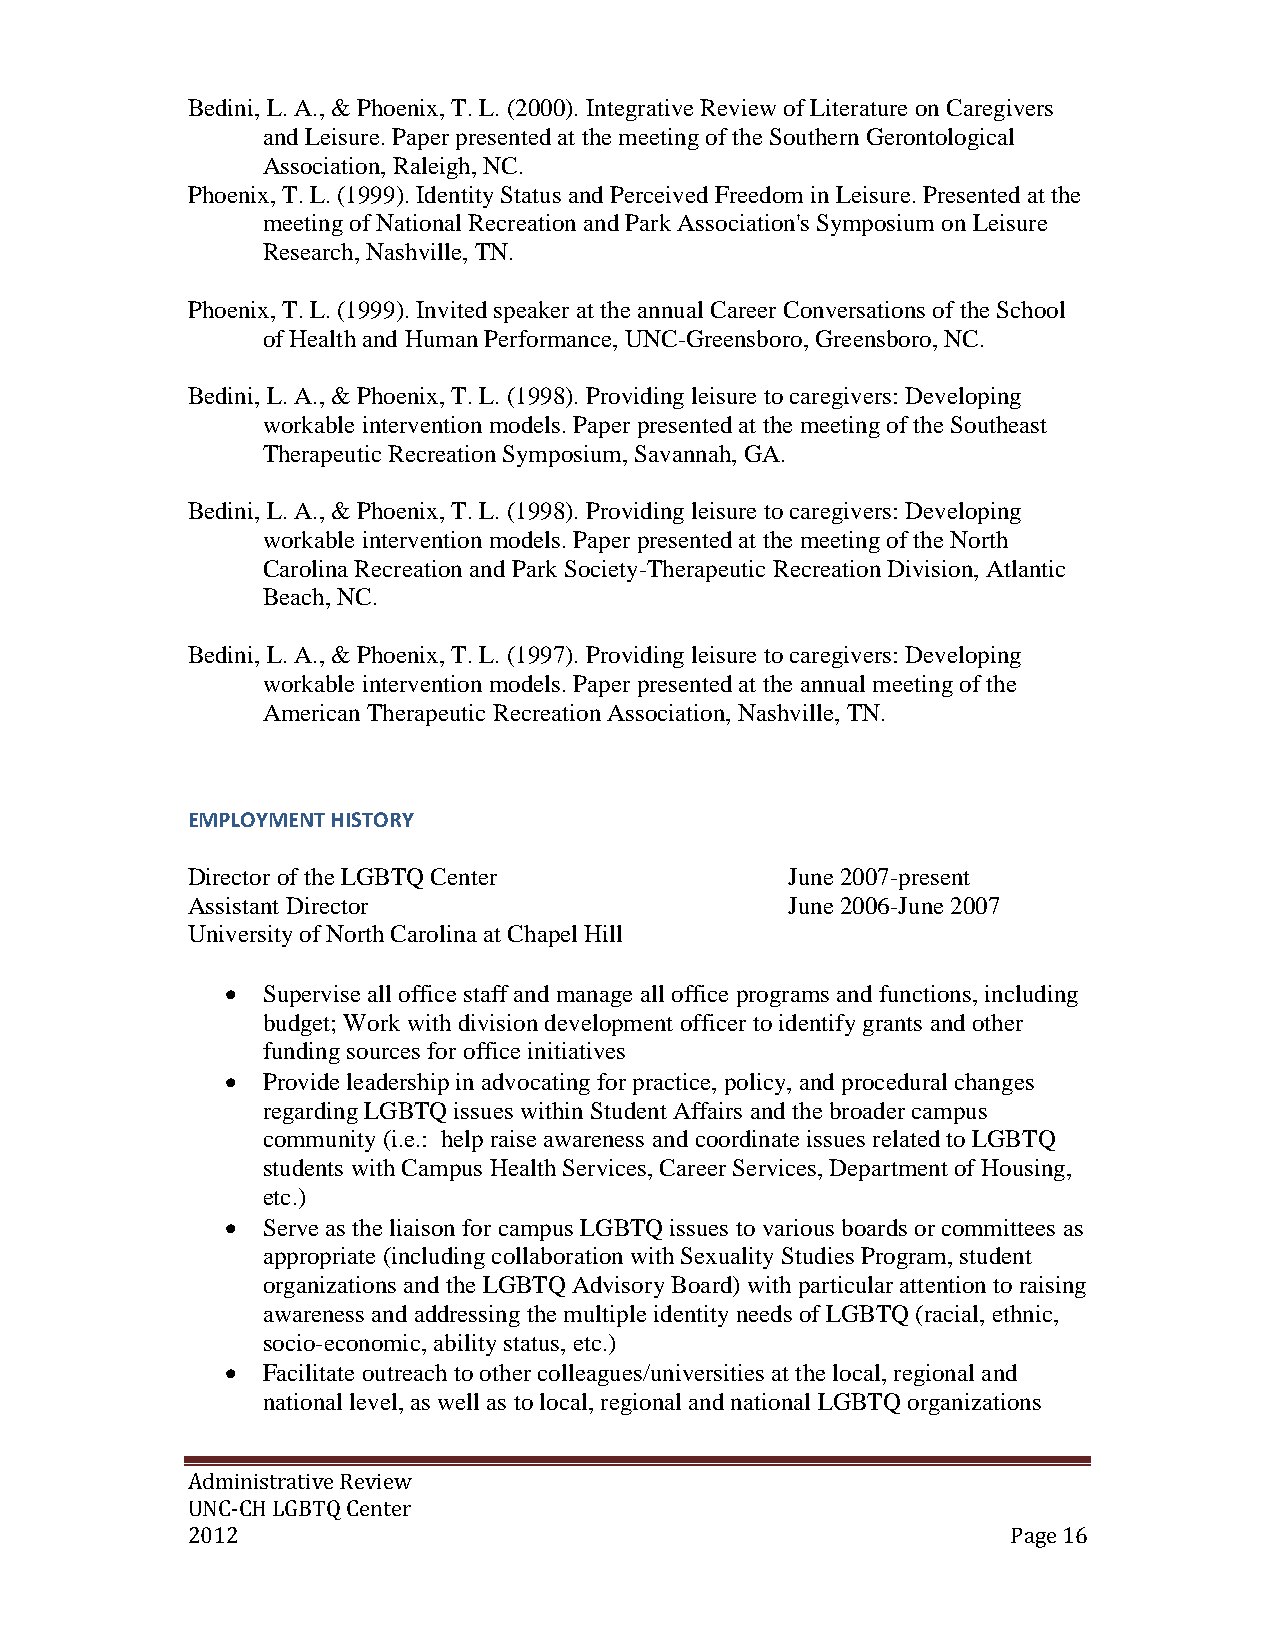
Bedini, L. A., & Phoenix, T. L. (2000). Integrative Review of Literature on Caregivers
 and Leisure. Paper presented at the meeting of the Southern Gerontological
 Association, Raleigh, NC.
 Phoenix, T. L. (1999). Identity Status and Perceived Freedom in Leisure. Presented at the
 meeting of National Recreation and Park Association's Symposium on Leisure
 Research, Nashville, TN.
 Phoenix, T. L. (1999). Invited speaker at the annual Career Conversations of the School
 of Health and Human Performance, UNC-Greensboro, Greensboro, NC.
 Bedini, L. A., & Phoenix, T. L. (1998). Providing leisure to caregivers: Developing
 workable intervention models. Paper presented at the meeting of the Southeast
 Therapeutic Recreation Symposium, Savannah, GA.
 Bedini, L. A., & Phoenix, T. L. (1998). Providing leisure to caregivers: Developing
 workable intervention models. Paper presented at the meeting of the North
 Carolina Recreation and Park Society-Therapeutic Recreation Division, Atlantic
 Beach, NC.
 Bedini, L. A., & Phoenix, T. L. (1997). Providing leisure to caregivers: Developing
 workable intervention models. Paper presented at the annual meeting of the
 American Therapeutic Recreation Association, Nashville, TN.
 EMPLOYMENT HISTORY
 Director of the LGBTQ Center            June 2007-present
 Assistant Director                      June 2006-June 2007
 University of North Carolina at Chapel Hill
  Supervise all office staff and manage all office programs and functions, including
 budget; Work with division development officer to identify grants and other
 funding sources for office initiatives
  Provide leadership in advocating for practice, policy, and procedural changes
 regarding LGBTQ issues within Student Affairs and the broader campus
 community (i.e.: help raise awareness and coordinate issues related to LGBTQ
 students with Campus Health Services, Career Services, Department of Housing,
 etc.)
  Serve as the liaison for campus LGBTQ issues to various boards or committees as
 appropriate (including collaboration with Sexuality Studies Program, student
 organizations and the LGBTQ Advisory Board) with particular attention to raising
 awareness and addressing the multiple identity needs of LGBTQ (racial, ethnic,
 socio-economic, ability status, etc.)
  Facilitate outreach to other colleagues/universities at the local, regional and
 national level, as well as to local, regional and national LGBTQ organizations
 Administrative Review
 UNC-CH LGBTQ Center
 2012                                                   Page 16